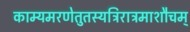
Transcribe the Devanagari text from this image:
काम्यमरणेतुतस्यत्रिरात्रमाशौचम्